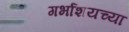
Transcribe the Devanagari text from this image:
गर्भाशयच्या